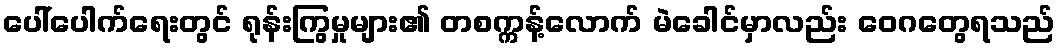
ပေါ်ပေါက်ရေးတွင် ရုန်းကြွမှုများ၏ တစက္ကန့်လောက် မဲခေါင်မှာလည်း ဝေဂတွေရသည်